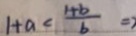
1 + a < \frac { 1 + b } { b } \Rightarrow